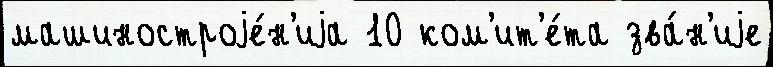
машиностроjе́н'иjа 10 ком'ит'е́та зва́н'иjе